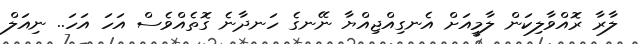
ލާރާ ރޮއްވާލިކަން ލާމީއަށް އެނގިއްޖިއްޔާ ނޭނގެ ހަނދާނެ ގޮތެއްވެސް އަހަ އަހަ.. ނިއަލް